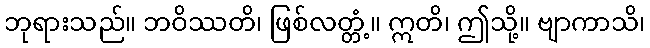
ဘုရားသည်။ ဘဝိဿတိ၊ ဖြစ်လတ္တံ့။ ဣတိ၊ ဤသို့။ ဗျာကာသိ၊